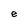
Character: e